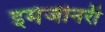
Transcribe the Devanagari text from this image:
इमेजीनरी